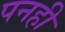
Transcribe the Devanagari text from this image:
पनही